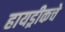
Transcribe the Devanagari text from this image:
हायड्रीकचे